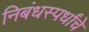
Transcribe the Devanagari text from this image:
निबंधस्पर्धांचे